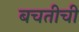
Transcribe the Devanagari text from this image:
बचतीची